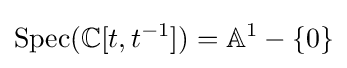
{\text{Spec}}(\mathbb {C} [t,t^{-1}])=\mathbb {A} ^{1}-\{0\}